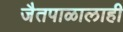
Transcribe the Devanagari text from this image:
जैतपाळालाही